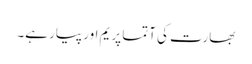
بھارت کی آتما پریم اور پیار ہے۔